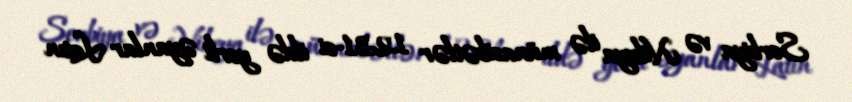
Serbiya və Nikeya ilə münasibətlər 1231-ci ildə yerli əyanlar Latın